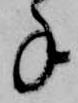
手